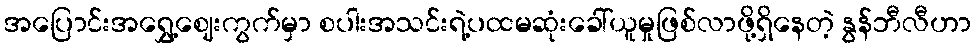
အပြောင်းအရွှေ့ဈေးကွက်မှာ စပါးအသင်းရဲ့ပထမဆုံးခေါ်ယူမှုဖြစ်လာဖို့ရှိနေတဲ့ နွန်ဘီလီဟာ